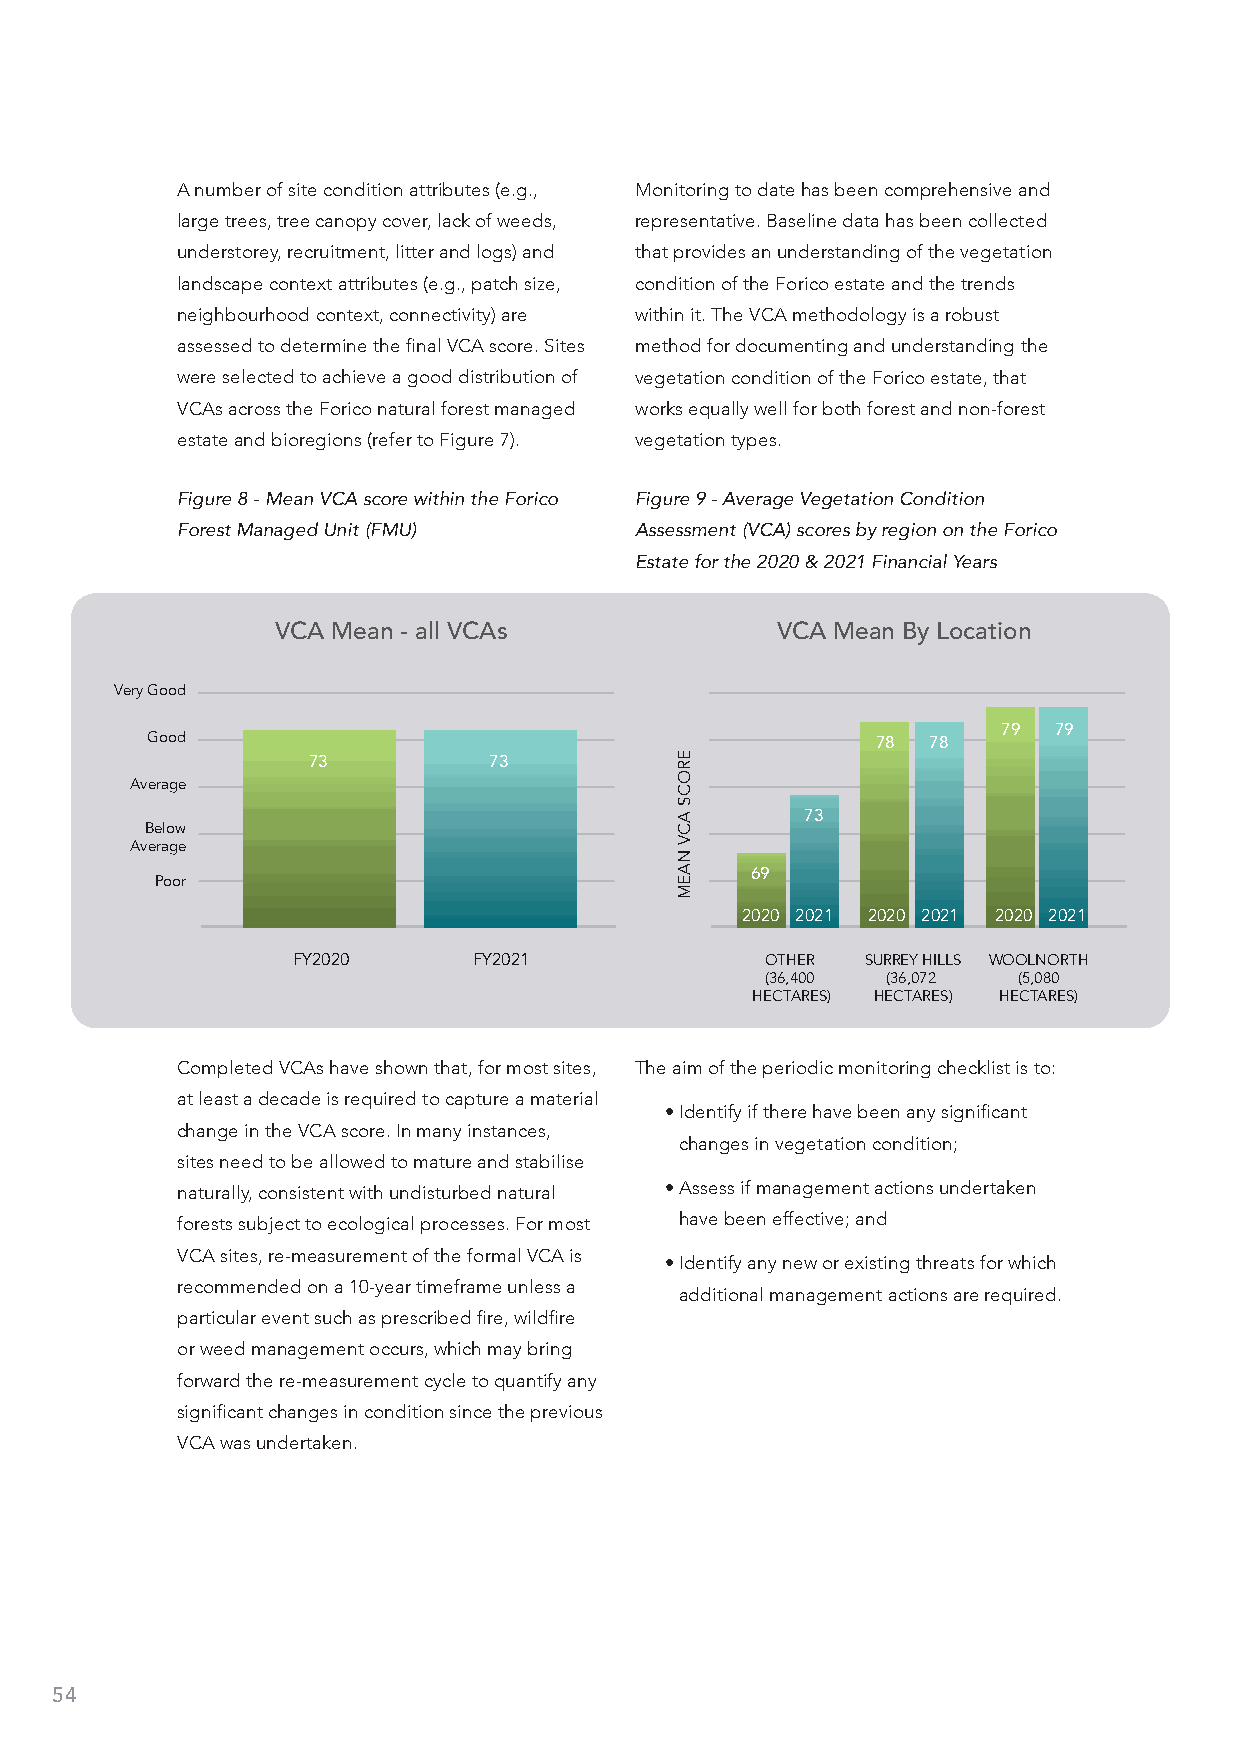
A number of site condition attributes (e.g., Monitoring to date has been comprehensive and
 large trees, tree canopy cover, lack of weeds, representative. Baseline data has been collected
 understorey, recruitment, litter and logs) and that provides an understanding of the vegetation
 landscape context attributes (e.g., patch size, condition of the Forico estate and the trends
 neighbourhood context, connectivity) are within it. The VCA methodology is a robust
 assessed to determine the final VCA score. Sites method for documenting and understanding the
 were selected to achieve a good distribution of vegetation condition of the Forico estate, that
 VCAs across the Forico natural forest managed works equally well for both forest and non-forest
 estate and bioregions (refer to Figure 7). vegetation types.
 Figure 8 - Mean VCA score within the Forico Figure 9 - Average Vegetation Condition
 Forest Managed Unit (FMU)     Assessment (VCA) scores by region on the Forico
 Estate for the 2020 & 2021 Financial Years
 VCA Mean - all VCAs              VCA Mean By Location
 Very Good
 Good                                                    79  79
 78 78
 73          73
 Average
 73
 Below
 Average
 Poor                                    69
 2020 2021 2020 2021 2020 2021
 FY2020      FY2021              OTHER SURREY HILLS WOOLNORTH
 (36,400 (36,072 (5,080
 HECTARES) HECTARES) HECTARES)
 Completed VCAs have shown that, for most sites, The aim of the periodic monitoring checklist is to:
 at least a decade is required to capture a material
 • Identify if there have been any significant
 change in the VCA score. In many instances,
 changes in vegetation condition;
 sites need to be allowed to mature and stabilise
 naturally, consistent with undisturbed natural • Assess if management actions undertaken
 forests subject to ecological processes. For most have been effective; and
 VCA sites, re-measurement of the formal VCA is
 • Identify any new or existing threats for which
 recommended on a 10-year timeframe unless a
 additional management actions are required.
 particular event such as prescribed fire, wildfire
 or weed management occurs, which may bring
 forward the re-measurement cycle to quantify any
 significant changes in condition since the previous
 VCA was undertaken.
 54
 EROCS
 ACV
 NAEM